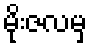
မိုးဇလမှ